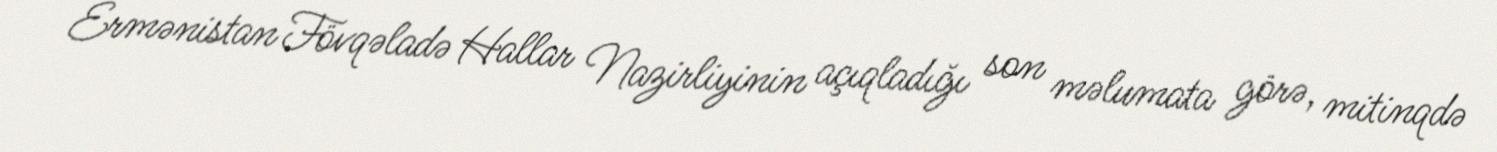
Ermənistan Fövqəladə Hallar Nazirliyinin açıqladığı son məlumata görə, mitinqdə